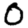
Digit: 0